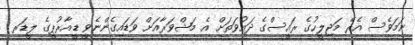
ނަމަވެސް އެރޭ މަޖިލީހުގެ ރައީސްގެ ދައުވަތަށް އެ މަޝްވަރާއަށް ވަޑައިގެންނެވީ ޑީއާރުޕީގެ ލީޑަރ